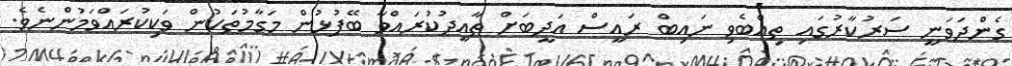
ގެންދަވަނީ ސަރުކާރުގައި ތިއްބެވި ނައިބް ރައީސް އަދީބަށް ތާއީދުކުރައްވާ ބޭފުޅުން މަގާމުތަކުން ވަކިކުރައްވަމުންނެވެ.